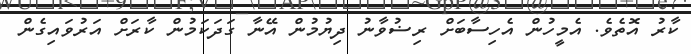
ކާރު އޮތެވެ. އެމީހުން އެހިސާބަށް ރިޟުވާނު ދިޔުމުން އޭނާ ގަދަކަމުން ކާރަށް އަރުވައިގެން